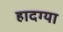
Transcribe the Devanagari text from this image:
हादग्या